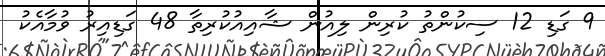
9 ގަޑި 12 ސިކުންތު ކުރިން ލިއުން ޝާއިއުކުރިތާ 48 ގަޑިއިރު ވުމާއެކު